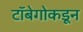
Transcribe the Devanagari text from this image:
टॉबेगोकडून